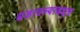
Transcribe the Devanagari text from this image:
बजावल्याबद्दल